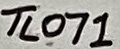
Text: TL071